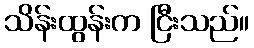
သိန်းထွန်းက ငြီးသည်။